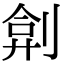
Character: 𠝢